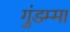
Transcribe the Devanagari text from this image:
गुंडम्मा